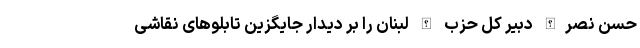
حسن نصرالله دبیر کل حزب الله لبنان را بر دیدار جایگزین تابلوهای نقاشی